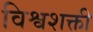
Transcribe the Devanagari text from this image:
विश्वशक्ती